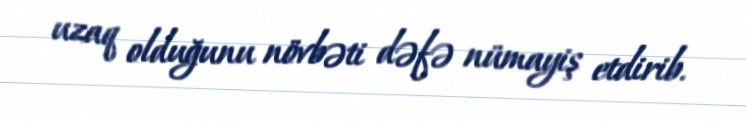
uzaq olduğunu növbəti dəfə nümayiş etdirib.